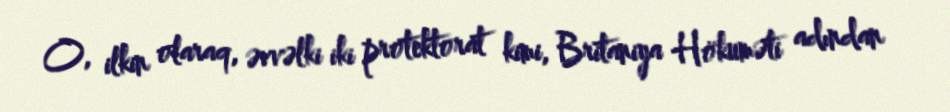
O, ilkin olaraq, əvvəlki iki protektorat kimi, Britaniya Hökuməti adından